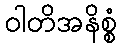
ဝါတိအနိစ္စံ